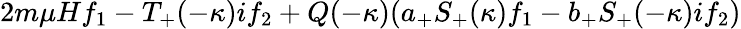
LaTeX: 2m\mu Hf_{1}-T_{+}(-\kappa)if_{2}+Q(-\kappa)(a_{+}S_{+}(\kappa)f_{1}-b_{+}S_{+}(-\kappa)if_{2})